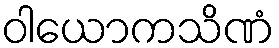
ဝါယောကသိဏံ